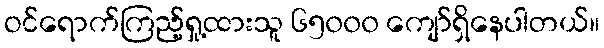
ဝင်ရောက်ကြည့်ရှု့ထားသူ ၆၅၀၀၀ ကျော်ရှိနေပါတယ်။